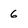
Character: 6